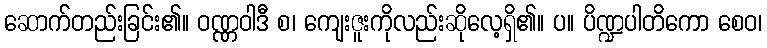
ဆောက်တည်းခြင်း၏။ ဝဏ္ဏဝါဒီ စ၊ ကျေးဇူးကိုလည်းဆိုလေ့ရှိ၏။ ပ။ ပိဏ္ဍပါတိကော စေဝ၊